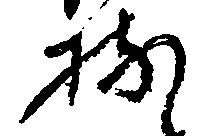
持